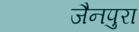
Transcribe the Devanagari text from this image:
जैनपुरा